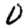
Digit: 0